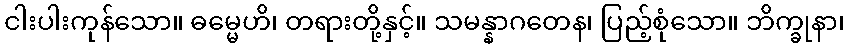
ငါးပါးကုန်သော။ ဓမ္မေဟိ၊ တရားတို့နှင့်။ သမန္နာဂတေန၊ ပြည့်စုံသော။ ဘိက္ခုနာ၊